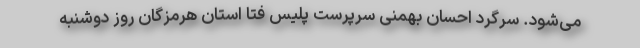
می‌شود. سرگرد احسان بهمنی سرپرست پلیس فتا استان هرمزگان روز دوشنبه